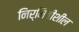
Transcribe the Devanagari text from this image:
निर्मितीशील